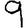
Digit: 9